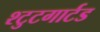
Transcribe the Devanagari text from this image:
श्टुटगार्टड